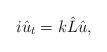
LaTeX: \begin{align*}i \hat{u}_t = k \hat{L} \hat{u},\end{align*}